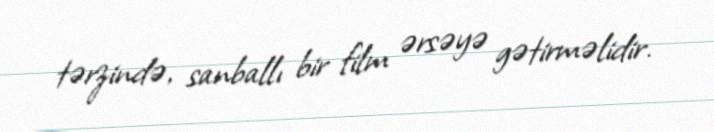
tərzində, sanballı bir film ərsəyə gətirməlidir.